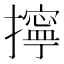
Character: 擰